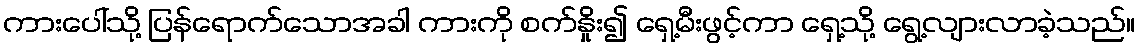
ကားပေါ်သို့ ပြန်ရောက်သောအခါ ကားကို စက်နှိုး၍ ရှေ့မီးဖွင့်ကာ ရှေ့သို့ ရွေ့လျားလာခဲ့သည်။